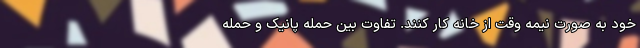
خود به صورت نیمه وقت از خانه کار کنند. تفاوت بین حمله پانیک و حمله